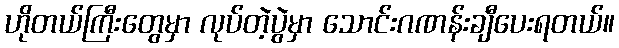
ဟိုတယ်ကြီးတွေမှာ လုပ်တဲ့ပွဲမှာ သောင်းဂဏန်းချီပေးရတယ်။